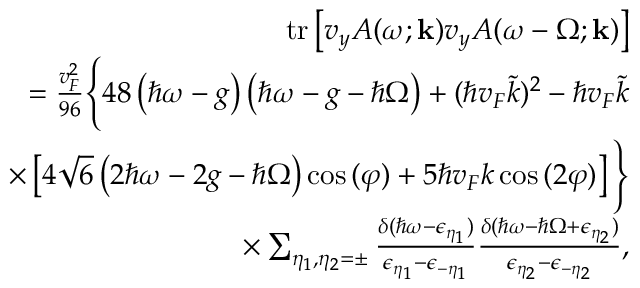
\begin{array} { r l r } & { } & { \mathrm { t r } \left[ v _ { y } A ( \omega ; \mathbf { k } ) v _ { y } A ( \omega - \Omega ; \mathbf { k } ) \right] } \\ & { } & { = \frac { v _ { F } ^ { 2 } } { 9 6 } \Bigg \{ 4 8 \left( \hbar \omega - g \right) \left( \hbar \omega - g - \hbar \Omega \right) + ( \hbar v _ { F } \tilde { k } ) ^ { 2 } - \hbar v _ { F } \tilde { k } } \\ & { } & { \times \left[ 4 \sqrt { 6 } \left( 2 \hbar \omega - 2 g - \hbar \Omega \right) \cos { ( \varphi ) } + 5 \hbar v _ { F } k \cos { ( 2 \varphi ) } \right] \Bigg \} } \\ & { } & { \times \sum _ { \eta _ { 1 } , \eta _ { 2 } = \pm } \frac { \delta ( \hbar \omega - \epsilon _ { \eta _ { 1 } } ) } { \epsilon _ { \eta _ { 1 } } - \epsilon _ { - \eta _ { 1 } } } \frac { \delta ( \hbar \omega - \hbar \Omega + \epsilon _ { \eta _ { 2 } } ) } { \epsilon _ { \eta _ { 2 } } - \epsilon _ { - \eta _ { 2 } } } , } \end{array}